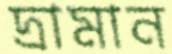
দ্রামান